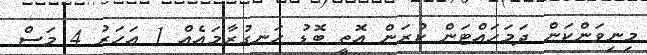
މިނިވަންކަން ދަމަހައްޓަން ކުރަން އޮތީ ބޮޑު ހަނގުރާމައެއް 1 އަހަރު 4 މަސް